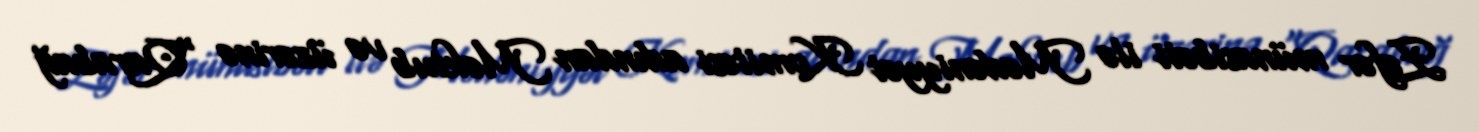
Zəfər münasibəti ilə Mədəniyyət Komitəsi adından Məktub və üzərinə “Qarabağ